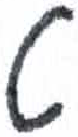
אות: ט